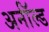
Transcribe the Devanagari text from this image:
अर्नॉल्ड